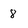
Character: 8